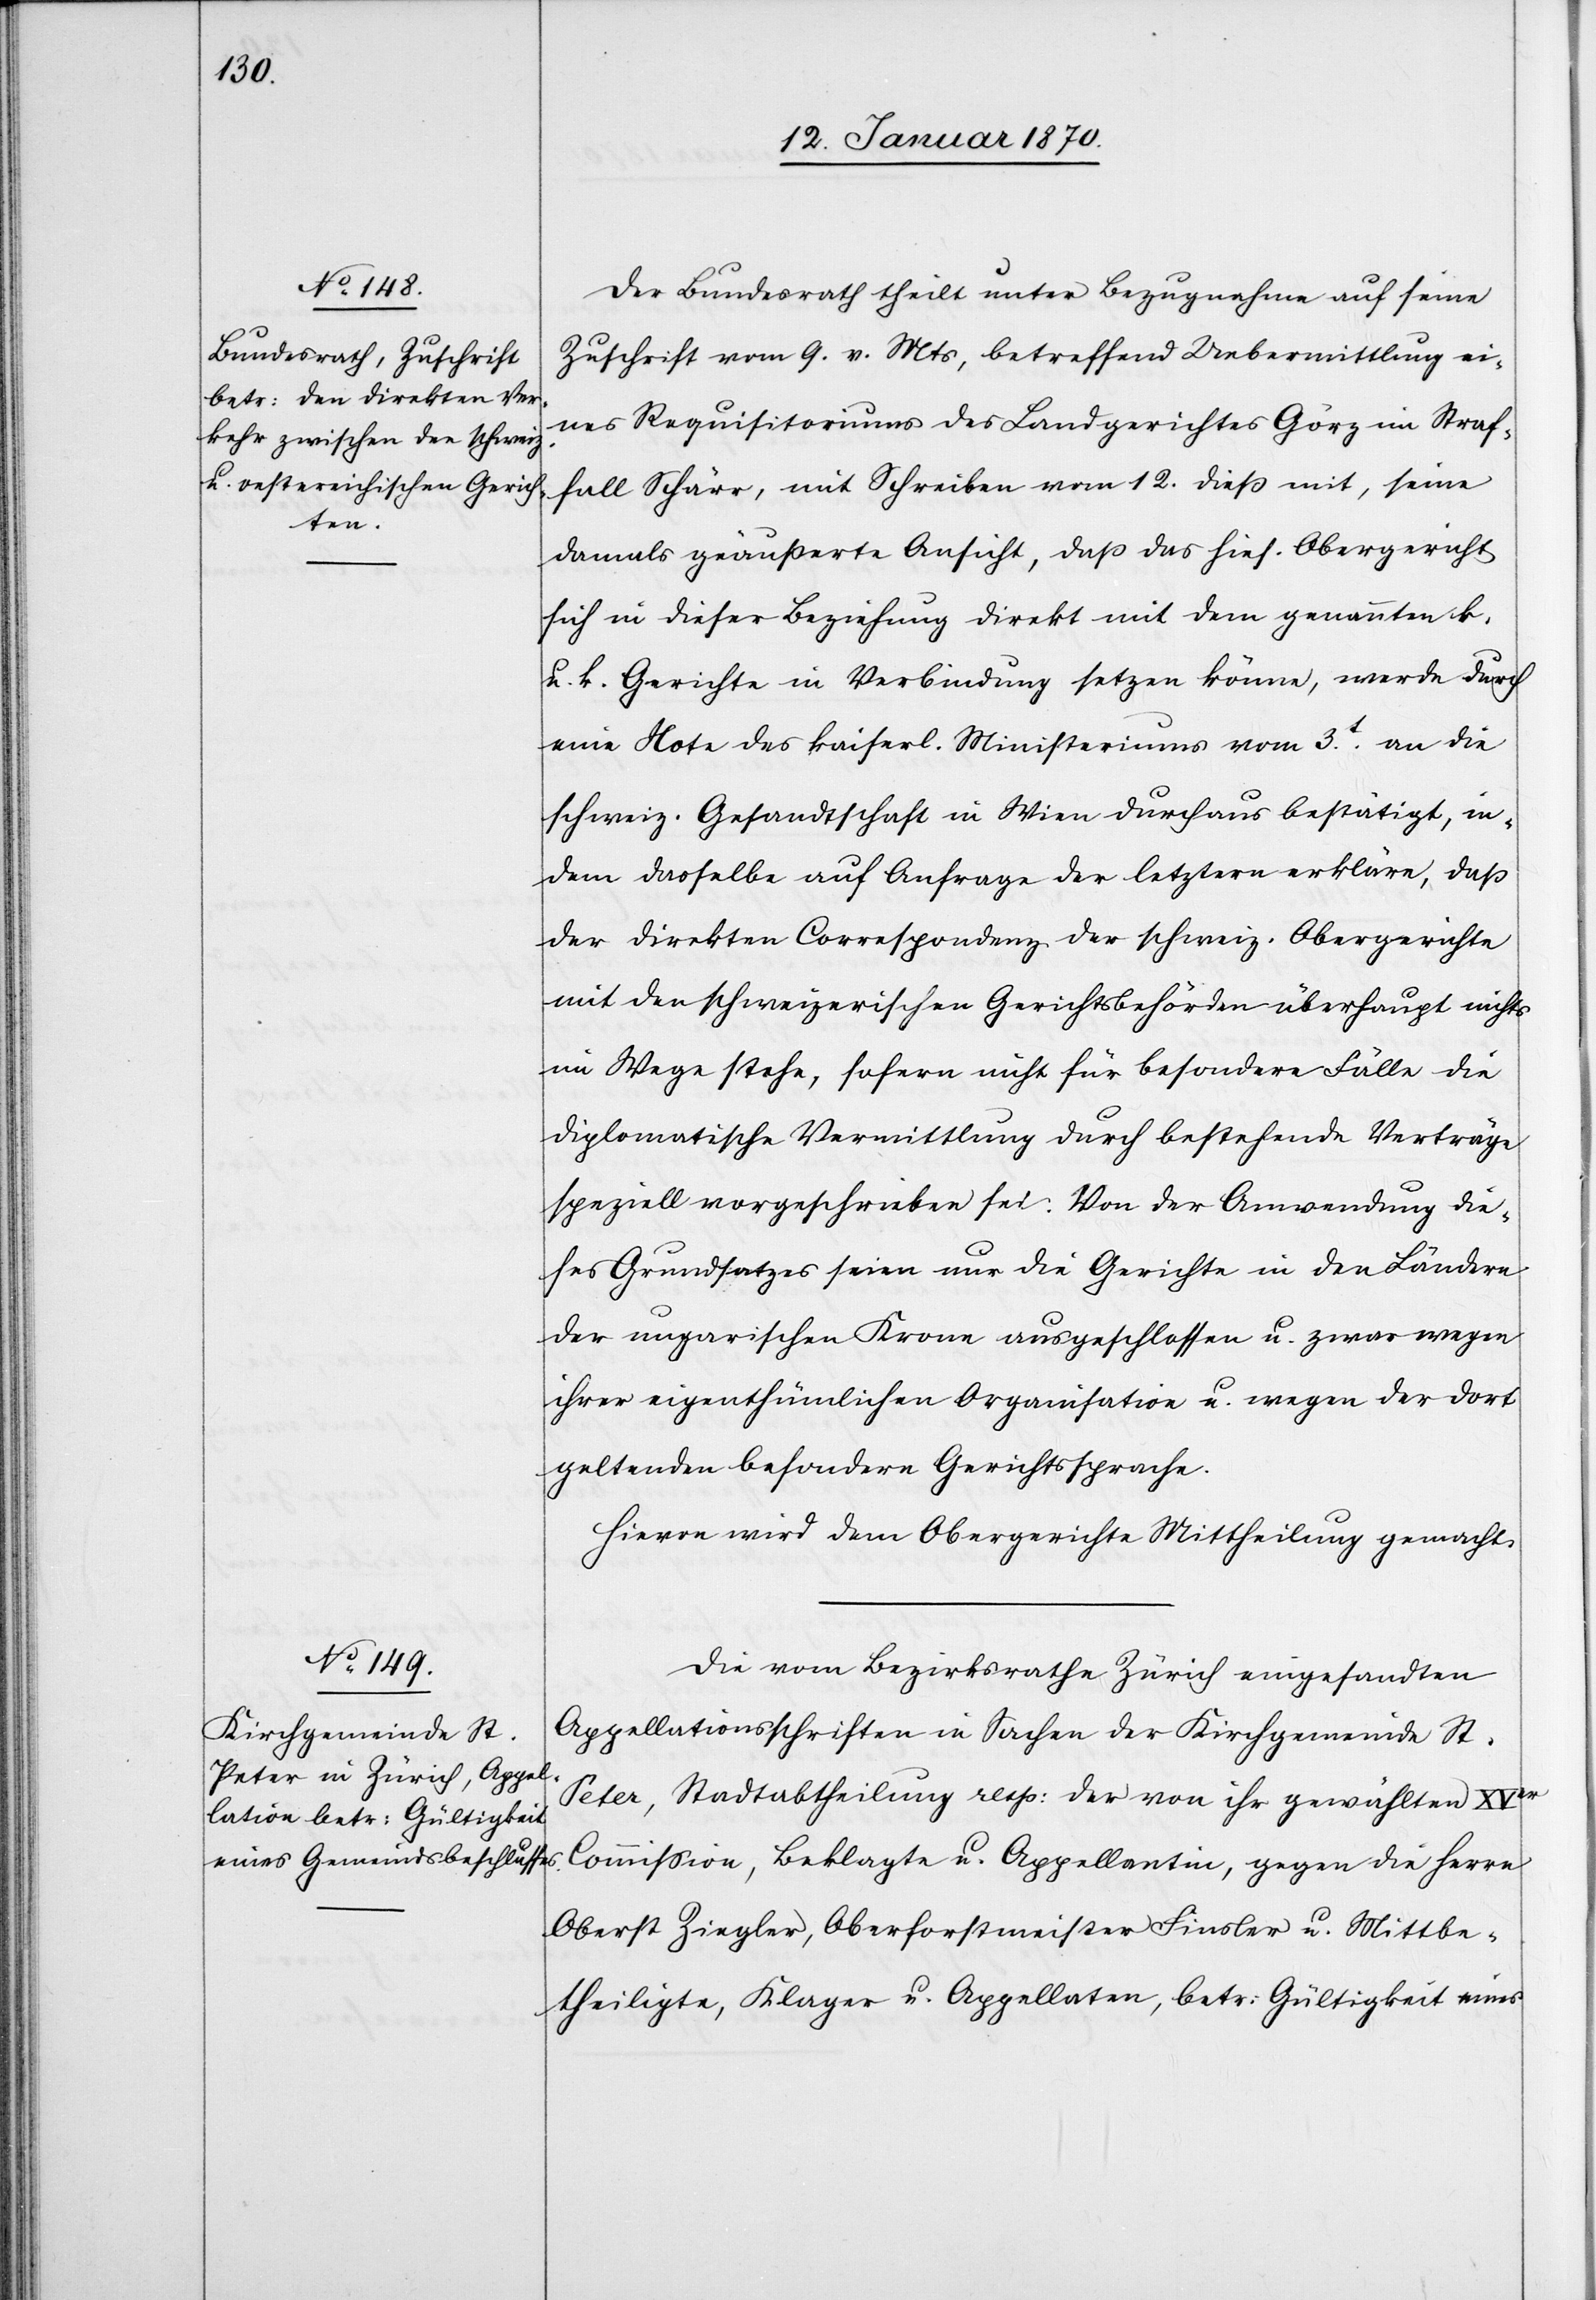
14. Januar 1870.]
Der Bundesrath theilt unter Bezugnahme auf seine
Zuschrift vom 9. v. Mts, betreffend Uebermittlung ei¬
nes Requisitoriums des Bundesgerichtes Görz im Straf¬
fall Schärr, mit Schreiben vom 12. dieß mit, seine
damals geäußerte Ansicht, daß das hies. Obergericht
sich in dieser Beziehung direkt mit dem genannten k.
u. k. Gerichte in Verbindung setzen könne, werde durch
eine Note des kaiserl. Ministeriums vom 3.t an die
schweiz. Gesandtschaft in Wien durchaus bestätigt, in¬
dem dasselbe auf Anfrage der letztern erkläre, daß
der direkten Correspondenz der schweiz. Obergerichte
mit den schweizerischen Gerichtsbehörden überhaupt nichts
im Wege stehe, sofern nicht für besondere Fälle die
diplomatische Vermittlung durch bestehende Verträge
speziell vorgeschrieben sei. Von der Anwendung die¬
ses Grundsatzes seien nur die Gerichte in den Ländern
der ungarischen Krone ausgeschlossen u. zwar wegen
ihrer eigenthümlichen Organisation u. wegen der dort
geltenden besondern Gerichtssprache.
Hievon wird dem Obergerichte Mittheilung gemacht.
Die vom Bezirksrathe Zürich eingesandten
Appellationsschriften in Sachen der Kirchgemeinde St.
Peter, Stadtabtheilung resp: der von ihr gewählten XVer
Commission, Beklagte u. Appellantin, gegen die Herrn
Oberst Ziegler, Oberforstmeister Finsler u. Mittbe¬
theiligte, Klager u. Appellaten, betr: Gültigkeit eines